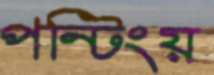
পন্টিংয়